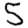
Digit: 5